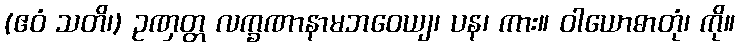
(ဧဝံ သတိ၊) ဥဏှတ္တ လက္ခဏာနာမဘဝေယျ၊ ပန၊ ကား။ ဝါယောဓာတုံ၊ ကို။